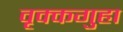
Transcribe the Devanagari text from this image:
वृक्कगुहा